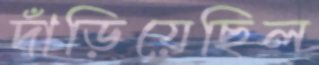
দাঁড়িয়েছিল